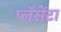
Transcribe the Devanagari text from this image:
प्लॅसेंटा